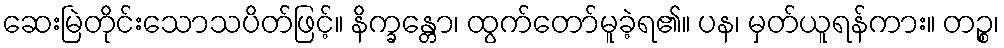
ဆေးမြဲတိုင်းသောသပိတ်ဖြင့်။ နိက္ခန္တော၊ ထွက်တော်မူခဲ့ရ၏။ ပန၊ မှတ်ယူရန်ကား။ တဉ္စ၊